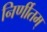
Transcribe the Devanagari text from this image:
निर्णीतम्